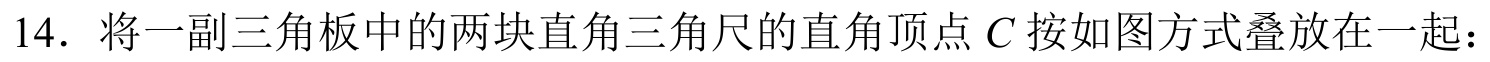
\(14.\) 将一副三角板中的两块直角三角尺的直角顶点\(C\)按如图方式叠放在一起：